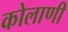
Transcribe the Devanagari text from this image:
कोलाणी